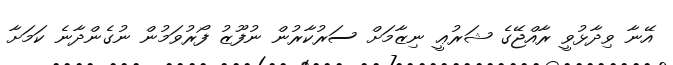
އޭނާ ވިދާޅުވީ ރާއްޖޭގެ ޝަރުޢީ ނިޒާމަށް ސަރުކާރުން ނުފޫޒު ފޯރުވަމުން ނުގެންދާނެ ކަމަށާ